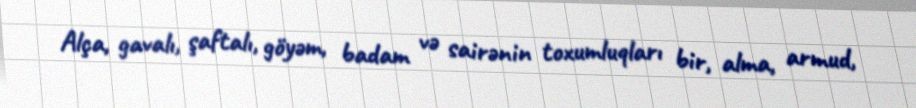
Alça, gavalı, şaftalı, göyəm, badam və sairənin toxumluqları bir, alma, armud,